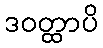
ဒဝတ္ထာပိ